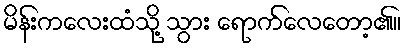
မိန်းကလေးထံသို့ သွား ရောက်လေတော့၏။